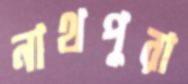
নাথপুরা